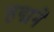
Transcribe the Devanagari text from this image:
हद्मने